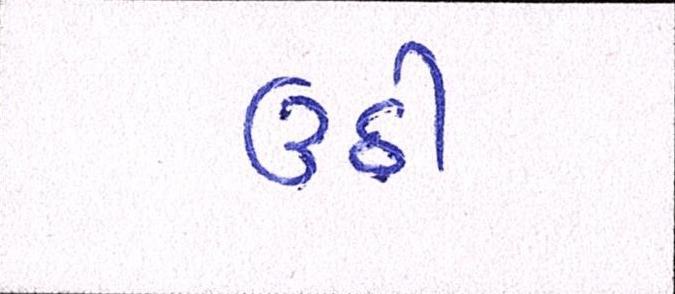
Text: ઉઠી